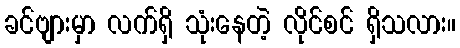
ခင်ဗျားမှာ လက်ရှိ သုံးနေတဲ့ လိုင်စင် ရှိသလား။